Vaccine operations Central Provinces 1886-1899 - 1886-1899
Year: 1886
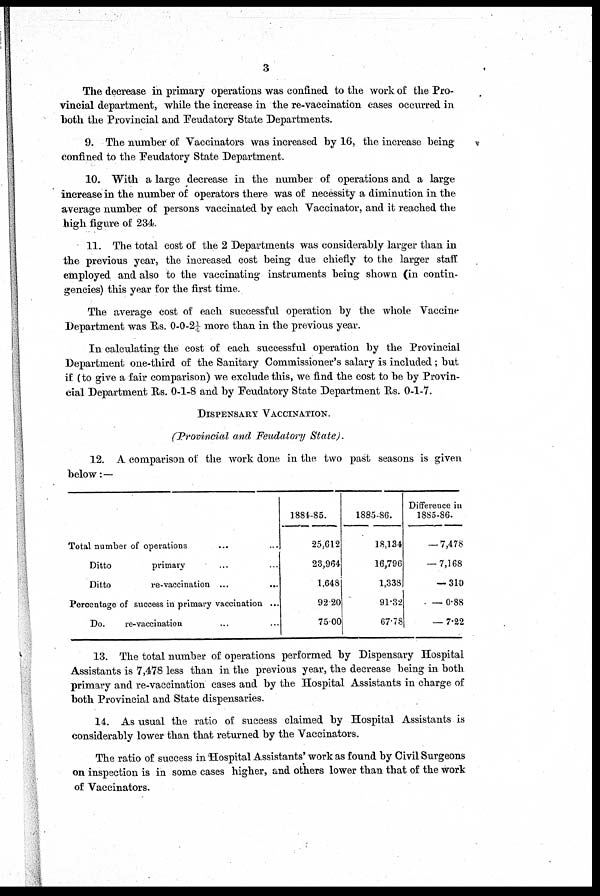
3
The decrease in primary operations was confined to the work of the Pro-
vincial department, while the increase in the re-vaccination cases occurred in
both the Provincial and Feudatory State Departments.
9. The number of Vaccinators was increased by 16, the increase being
confined to the Feudatory State Department.
10. With a large decrease in the number of operations and a large
increase in the number of operators there was of necessity a diminution in the
average number of persons vaccinated by each Vaccinator, and it reached the
high figure of 234.
11. The total cost of the 2 Departments was considerably larger than in
the previous year, the increased cost being due chiefly to the larger staff
employed and also to the vaccinating instruments being shown (in contin-
gencies) this year for the first time.
The average cost of each successful operation by the whole Vaccine
Department was Rs. 0-0-2½ more than in the previous year.
In calculating the cost of each successful operation by the Provincial
Department one-third of the Sanitary Commissioner's salary is included; but
if (to give a fair comparison) we exclude this, we find the cost to be by Provin-
cial Department Rs. 0-1-8 and by Feudatory State Department Rs. 0-1-7.
DISPENSARY VACCINATION.
(Provincial and Feudatory State ).
12. A comparison of the work done in the two past seasons is given
below:—
Total number of operations ... ...
Ditto
primary ... ...
Ditto
re-vaccination ...
...
Percentage of success in primary vaccination ...
Do.
re-vaccination ... ...
1884-85.
25,612
23,964
1,648
92.20
75.00
1885-86.
18,134
16,796
1,338
91.32
67.78
Difference in
1885-86.
- 7,478
- 7,168
- 310
- 0.88
- 7.22
13. The total number of operations performed by Dispensary Hospital
Assistants is 7,478 less than in the previous year, the decrease being in both
primary and re-vaccination cases and by the Hospital Assistants in charge of
both Provincial and State dispensaries.
14. As usual the ratio of success claimed by Hospital Assistants is
considerably lower than that returned by the Vaccinators.
The ratio of success in Hospital Assistants' work as found by Civil Surgeons
on inspection is in some cases higher, and others lower than that of the work
of Vaccinators.